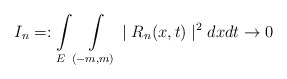
\begin{align*}I_{n}=:\int\limits_{E}\int\limits_{(-m,m)}\mid R_{n}(x,t)\mid^{2}dxdt\rightarrow0\end{align*}